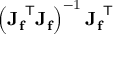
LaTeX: \left( \mathbf { J _ { f } } ^ { \mathsf { T } } \mathbf { J _ { f } } \right) ^ { - 1 } \mathbf { J _ { f } } ^ { \mathsf { T } }